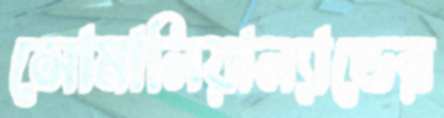
সোমালিয়াল্যান্ডের